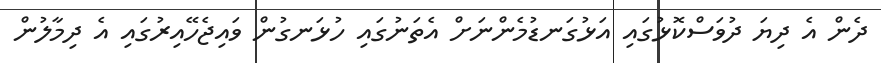
ދެން އެ ދިޔަ ދުވަސްކޮޅުގައި އަޅުގަނޑުމެންނަށް އެތަނުގައި ހުޅަނގުން ވައިޖެހޭއިރުގައި އެ ދިމާލުން